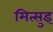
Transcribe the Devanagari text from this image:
मित्सुइ